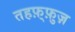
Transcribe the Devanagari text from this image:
तहफ़्फ़ुज़